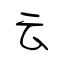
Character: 云